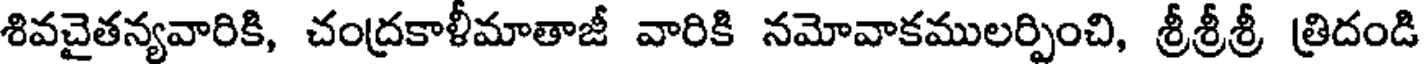
శివచైతన్యవారికి, చంద్రకాళీమాతాజీ వారికి నమోవాకములర్పించి, శ్రీశ్రీశ్రీ త్రిదండి